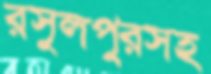
রসুলপুরসহ